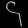
Digit: ၄